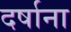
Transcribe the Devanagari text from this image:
दर्षाना